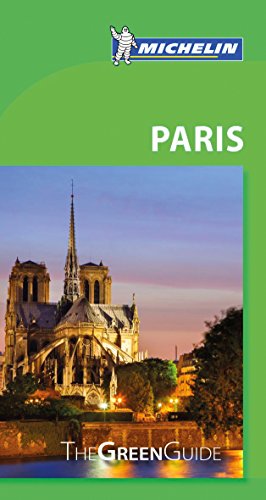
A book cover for Michelin Green Guide Paris (Green Guide/Michelin); Michelin Travel & Lifestyle; Travel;